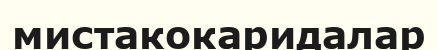
мистакокаридалар